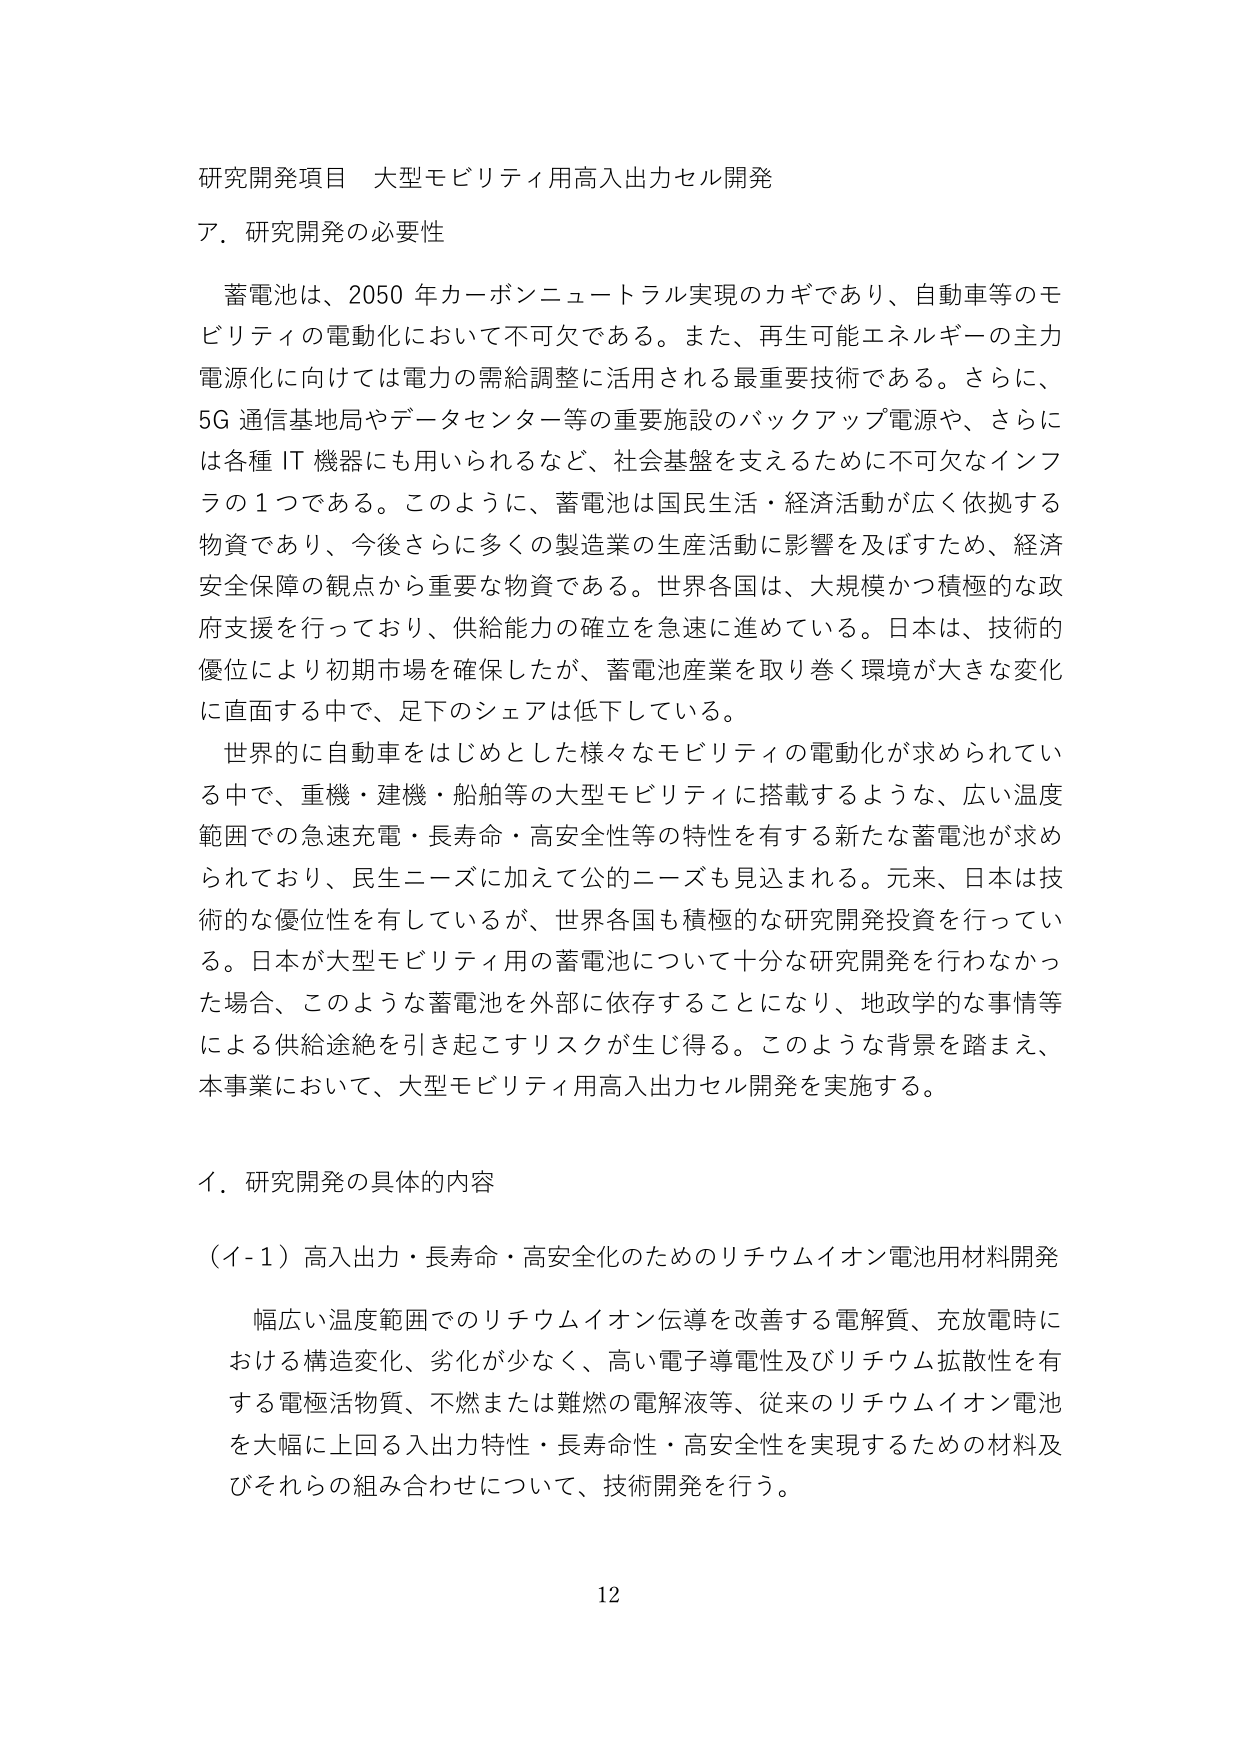
研究開発項目 大型モビリティ用高入出力セル開発
ア．研究開発の必要性
　蓄電池は、2050年カーボンニュートラル実現のカギであり、自動車等のモビリティの電動化において不可欠である。また、再生可能エネルギーの主力電源化に向けては電力の需給調整に活用される最重要技術である。さらに、5G通信基地局やデータセンター等の重要施設のバックアップ電源や、さらには各種IT機器にも用いられるなど、社会基盤を支えるために不可欠なインフラの1つである。このように、蓄電池は国民生活・経済活動が広く依拠する物資であり、今後さらに多くの製造業の生産活動に影響を及ぼすため、経済安全保障の観点から重要な物資である。世界各国は、大規模かつ積極的な政府支援を行っており、供給能力の確立を急速に進めている。日本は、技術的優位により初期市場を確保したが、蓄電池産業を取り巻く環境が大きな変化に直面する中で、足下のシェアは低下している。
　世界的に自動車をはじめとした様々なモビリティの電動化が求められている中で、重機・建機・船舶等の大型モビリティに搭載するような、広い温度範囲での急速充電・長寿命・高安全性等の特性を有する新たな蓄電池が求められており、民生ニーズに加えて公的ニーズも見込まれる。元来、日本は技術的な優位性を有しているが、世界各国も積極的な研究開発投資を行っている。日本が大型モビリティ用の蓄電池について十分な研究開発を行わなかった場合、このような蓄電池を外部に依存することになり、地政学的な事情等による供給途絶を引き起こすリスクが生じ得る。このような背景を踏まえ、本事業において、大型モビリティ用高入出力セル開発を実施する。
イ．研究開発の具体的内容
（イ-1）高入出力・長寿命・高安全化のためのリチウムイオン電池用材料開発
　幅広い温度範囲でのリチウムイオン伝導を改善する電解質、充放電時における構造変化、劣化が少なく、高い電子導電性及びリチウム拡散性を有する電極活物質、不燃または難燃の電解液等、従来のリチウムイオン電池を大幅に上回る入出力特性・長寿命性・高安全性を実現するための材料及びそれらの組み合わせについて、技術開発を行う。
12